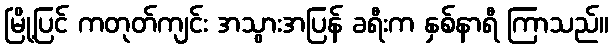
မြို့ပြင် ကတုတ်ကျင်း အသွားအပြန် ခရီးက နှစ်နာရီ ကြာသည်။